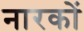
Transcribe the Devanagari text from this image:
नारकों